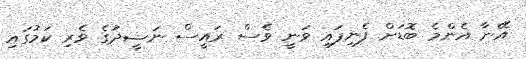
އޭނާ އެންމެ ބޮޑަށް ފެނިފައި ވަނީ ވެސް ރައީސް ނަޝީދުގެ ވެރި ކަމުގައި